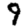
Digit: 9